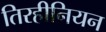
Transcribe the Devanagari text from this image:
तिरहीनियन